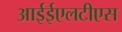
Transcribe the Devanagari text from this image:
आईईएलटीएस